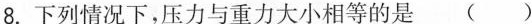
8. 下列情况下，压力与重力大小相等的是 ( )